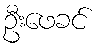
ဦးဖေခင်